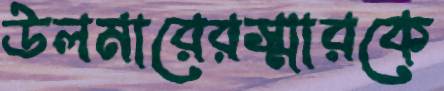
উলমারেরস্মারকে